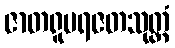
ဇာတရူပရဇတသုတ္တံ